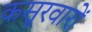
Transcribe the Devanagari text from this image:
कसूरवारों